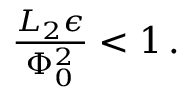
\begin{array} { r } { \frac { L _ { 2 } \epsilon } { \Phi _ { 0 } ^ { 2 } } < 1 \, . } \end{array}